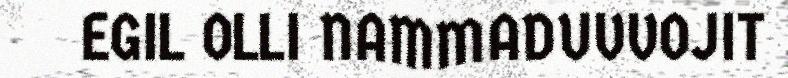
EGIL OLLI NAMMADUVVOJIT